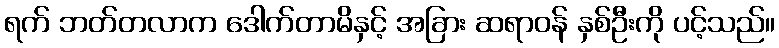
ရက် ဘတ်တလာက ဒေါက်တာမိနှင့် အခြား ဆရာဝန် နှစ်ဦးကို ပင့်သည်။